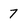
Character: 7